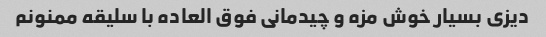
دیزی بسیار خوش مزه و چیدمانی فوق العاده با سلیقه ممنونم